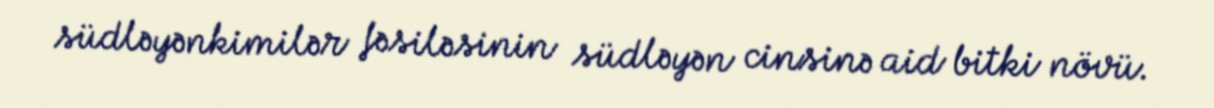
südləyənkimilər fəsiləsinin südləyən cinsinə aid bitki növü.